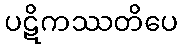
ပဋိကဿတိပေ